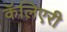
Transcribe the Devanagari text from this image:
कॅलिएरी